Vaccination in Burma 1920-1933 - 1920-1933
Year: 1920
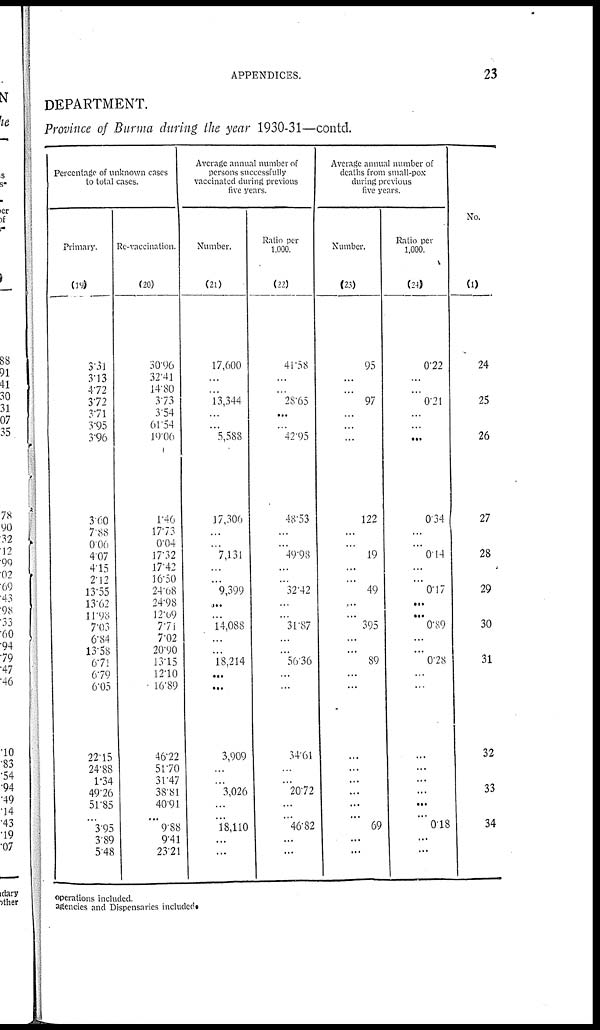
APPENDICES.
23
DEPARTMENT.
Province of Burma during the year 1930-31—contd.
Percentage of unknown cases
to total cases.
Primary.
(19)
3.31
3.13
4.72
3.72
3.71
3.95
3.96
3.60
7.88
0.06
4.07
4.15
2.12
13.55
13.62
11.98
7.03
6.84
13.58
6.71
6.79
6.05
22.15
24.88
1.34
49.26
51.85
...
3.95
3.89
5.48
Re-vaccination.
(20)
30.96
32.41
14.80
3.73
3.54
61.54
19.06
1.46
17.73
0.04
17.32
17.42
16.50
24.08
24.98
12.09
7.71
7.02
20.90
13.15
12.10
16.89
46.22
51.70
31.47
38.81
40.91
...
9.88
9.41
23.21
Average annual number of
persons successfully
vaccinated during previous
five years.
Number.
(21)
17,600
...
...
13,344
...
...
5,588
17,306
...
...
7,131
...
...
9,399
...
...
14,088
...
...
18,214
...
...
3,909
...
...
3,026
...
...
18,110
...
...
Ratio per
1,000.
(22)
41.58
...
...
28.65
...
...
42.95
48.53
...
...
49.98
...
...
32.42
...
...
31.87
...
...
56.36
...
...
34.61
...
...
20.72
...
...
46.82
...
...
Average annual number of
deaths from small-pox
during previous
five years.
Number.
(23)
95
...
...
97
...
...
...
122
...
...
19
...
...
49
...
...
395
...
...
89
...
...
...
...
...
...
...
...
69
...
...
Ratio per
1,000.
(24)
0.22
...
...
0.21
...
...
...
0.34
...
...
0.14
...
...
0.17
...
...
0.89
...
...
0.28
...
...
...
...
...
...
...
...
0.18
...
...
No.
(1)
24
25
26
27
28
29
30
31
32
33
34
operations included.
agencies and Dispensaries included.